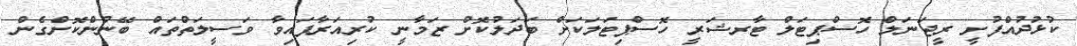
ކުޅުދުއްފުށީ ރީޖަނަލް ހޮސްޕިޓަލް ޓާރޝަރީ ހޮސްޕިޓަލަކަށް ބަދަލުކޮށް ޒަމާނީ ކުރިއަރާފައިވާ ވަސީލަތްތައް ބޭނުންކޮށްގެން